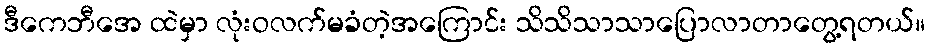
ဒီကေဘီအေ ထဲမှာ လုံးဝလက်မခံတဲ့အကြောင်း သိသိသာသာပြောလာတာတွေ့ရတယ်။